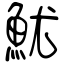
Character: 魷